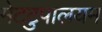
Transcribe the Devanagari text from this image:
मेटटुपालयम